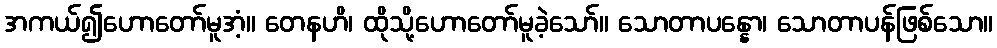
အကယ်၍ဟောတော်မူအံ့။ တေနဟိ၊ ထိုသို့ဟောတော်မူခဲ့သော်။ သောတာပန္နော၊ သောတာပန်ဖြစ်သော။